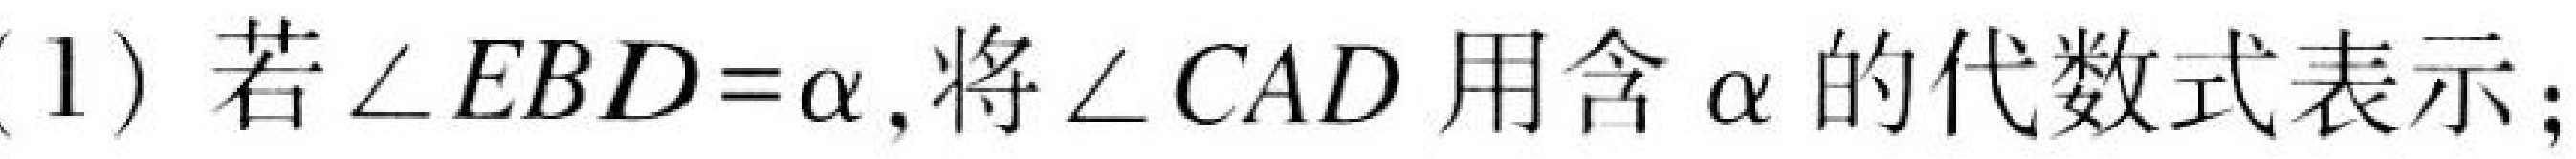
(1) 若\(\angle EBD = \alpha\),将\(\angle CAD\)用含\(\alpha\)的代数式表示；